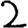
Digit: 2